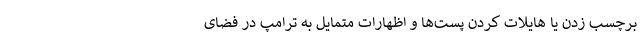
برچسب زدن یا هایلات کردن پست‌ها و اظهارات متمایل به ترامپ در فضای